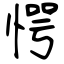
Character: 愕